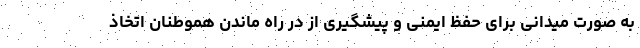
به صورت میدانی برای حفظ ایمنی و پیشگیری از در راه ماندن هموطنان اتخاذ